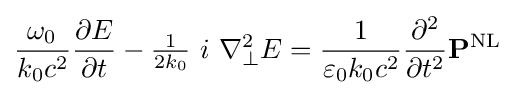
{\frac {\;\omega _{0}\ }{k_{0}c^{2}}}{\frac {\partial E}{\partial t}}-{\tfrac {1}{2k_{0}}}\ i\ \nabla _{\perp }^{2}E={\frac {1}{\varepsilon _{0}k_{0}c^{2}}}{\frac {\partial ^{2}}{\partial t^{2}}}\mathbf {P} ^{\text{NL}}~